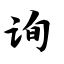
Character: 询